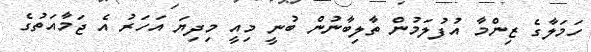
ހަމަލާގެ ޒިންމާ އުފުލަމުން ތާލިބާނުން ބުނީ މިއީ މިދިޔަ އަހަރު އެ ޖަމާއަތުގެ